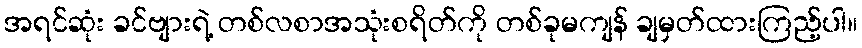
အရင်ဆုံး ခင်ဗျားရဲ့ တစ်လစာအသုံးစရိတ်ကို တစ်ခုမကျန် ချမှတ်ထားကြည့်ပါ။